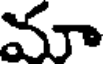
మా